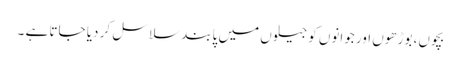
بچوں، بوڑھوں اور جوانوں کو جیلوں میں پابند سلاسل کر دیا جاتا ہے ۔